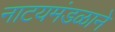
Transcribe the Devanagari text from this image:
नाटयमंडळाने